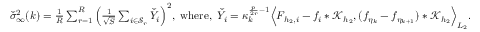
\begin{array} { r } { \breve { \sigma } _ { \infty } ^ { 2 } ( k ) = \frac { 1 } { R } \sum _ { r = 1 } ^ { R } \Big ( \frac { 1 } { \sqrt { S } } \sum _ { i \in { \mathcal { S } _ { r } } } \breve { Y } _ { i } \Big ) ^ { 2 } , \ \mathrm { w h e r e } , \ \breve { Y } _ { i } = \kappa _ { k } ^ { \frac { p } { 2 r } - 1 } \Big \langle F _ { { h _ { 2 } } , i } - f _ { i } * \mathcal { K } _ { h _ { 2 } } , ( f _ { \eta _ { k } } - f _ { \eta _ { k + 1 } } ) * \mathcal { K } _ { h _ { 2 } } \Big \rangle _ { L _ { 2 } } . } \end{array}